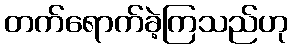
တက်ရောက်ခဲ့ကြသည်ဟု